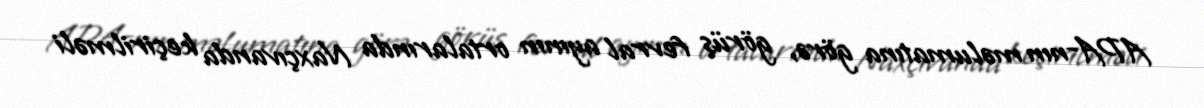
APA-nın məlumatına görə, görüş fevral ayının ortalarında Naxçıvanda keçirilməli